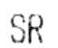
SR